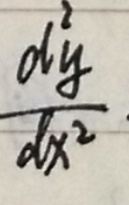
\frac{d^{2}y}{dx^{2}}